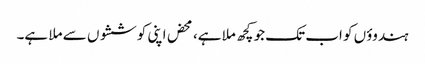
ہندوؤں کو اب تک جو کچھ ملا ہے، محض اپنی کوششوں سے ملا ہے۔